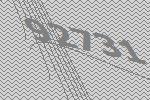
92731